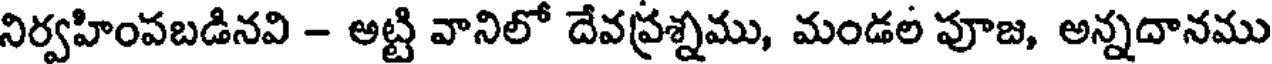
నిర్వహింపబడినవి - అట్టి వానిలో దేవప్రశ్నము, మండల పూజ, అన్నదానము